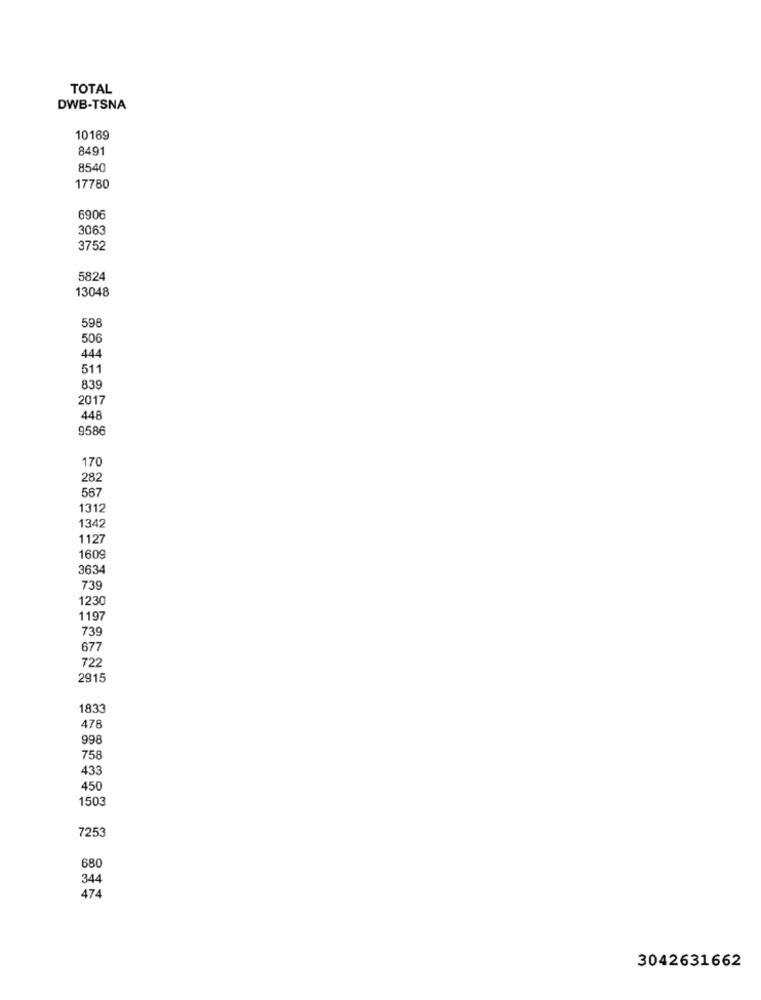
TOTAL
DWB-TSNA
10169
8491
8540
17780
6906
3063
3752
5824
13048
598
506
444
511
839
2017
448
9586
170
282
567
1312
1342
1127
1609
3634
739
1230
1197
739
677
722
2915
1833
478
998
758
433
450
1503
7253
680
344
47
3042631662